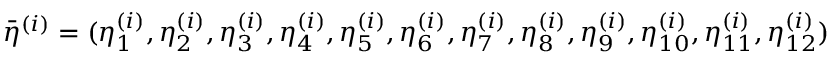
\bar { \eta } ^ { ( i ) } = ( \eta _ { 1 } ^ { ( i ) } , \eta _ { 2 } ^ { ( i ) } , \eta _ { 3 } ^ { ( i ) } , \eta _ { 4 } ^ { ( i ) } , \eta _ { 5 } ^ { ( i ) } , \eta _ { 6 } ^ { ( i ) } , \eta _ { 7 } ^ { ( i ) } , \eta _ { 8 } ^ { ( i ) } , \eta _ { 9 } ^ { ( i ) } , \eta _ { 1 0 } ^ { ( i ) } , \eta _ { 1 1 } ^ { ( i ) } , \eta _ { 1 2 } ^ { ( i ) } )